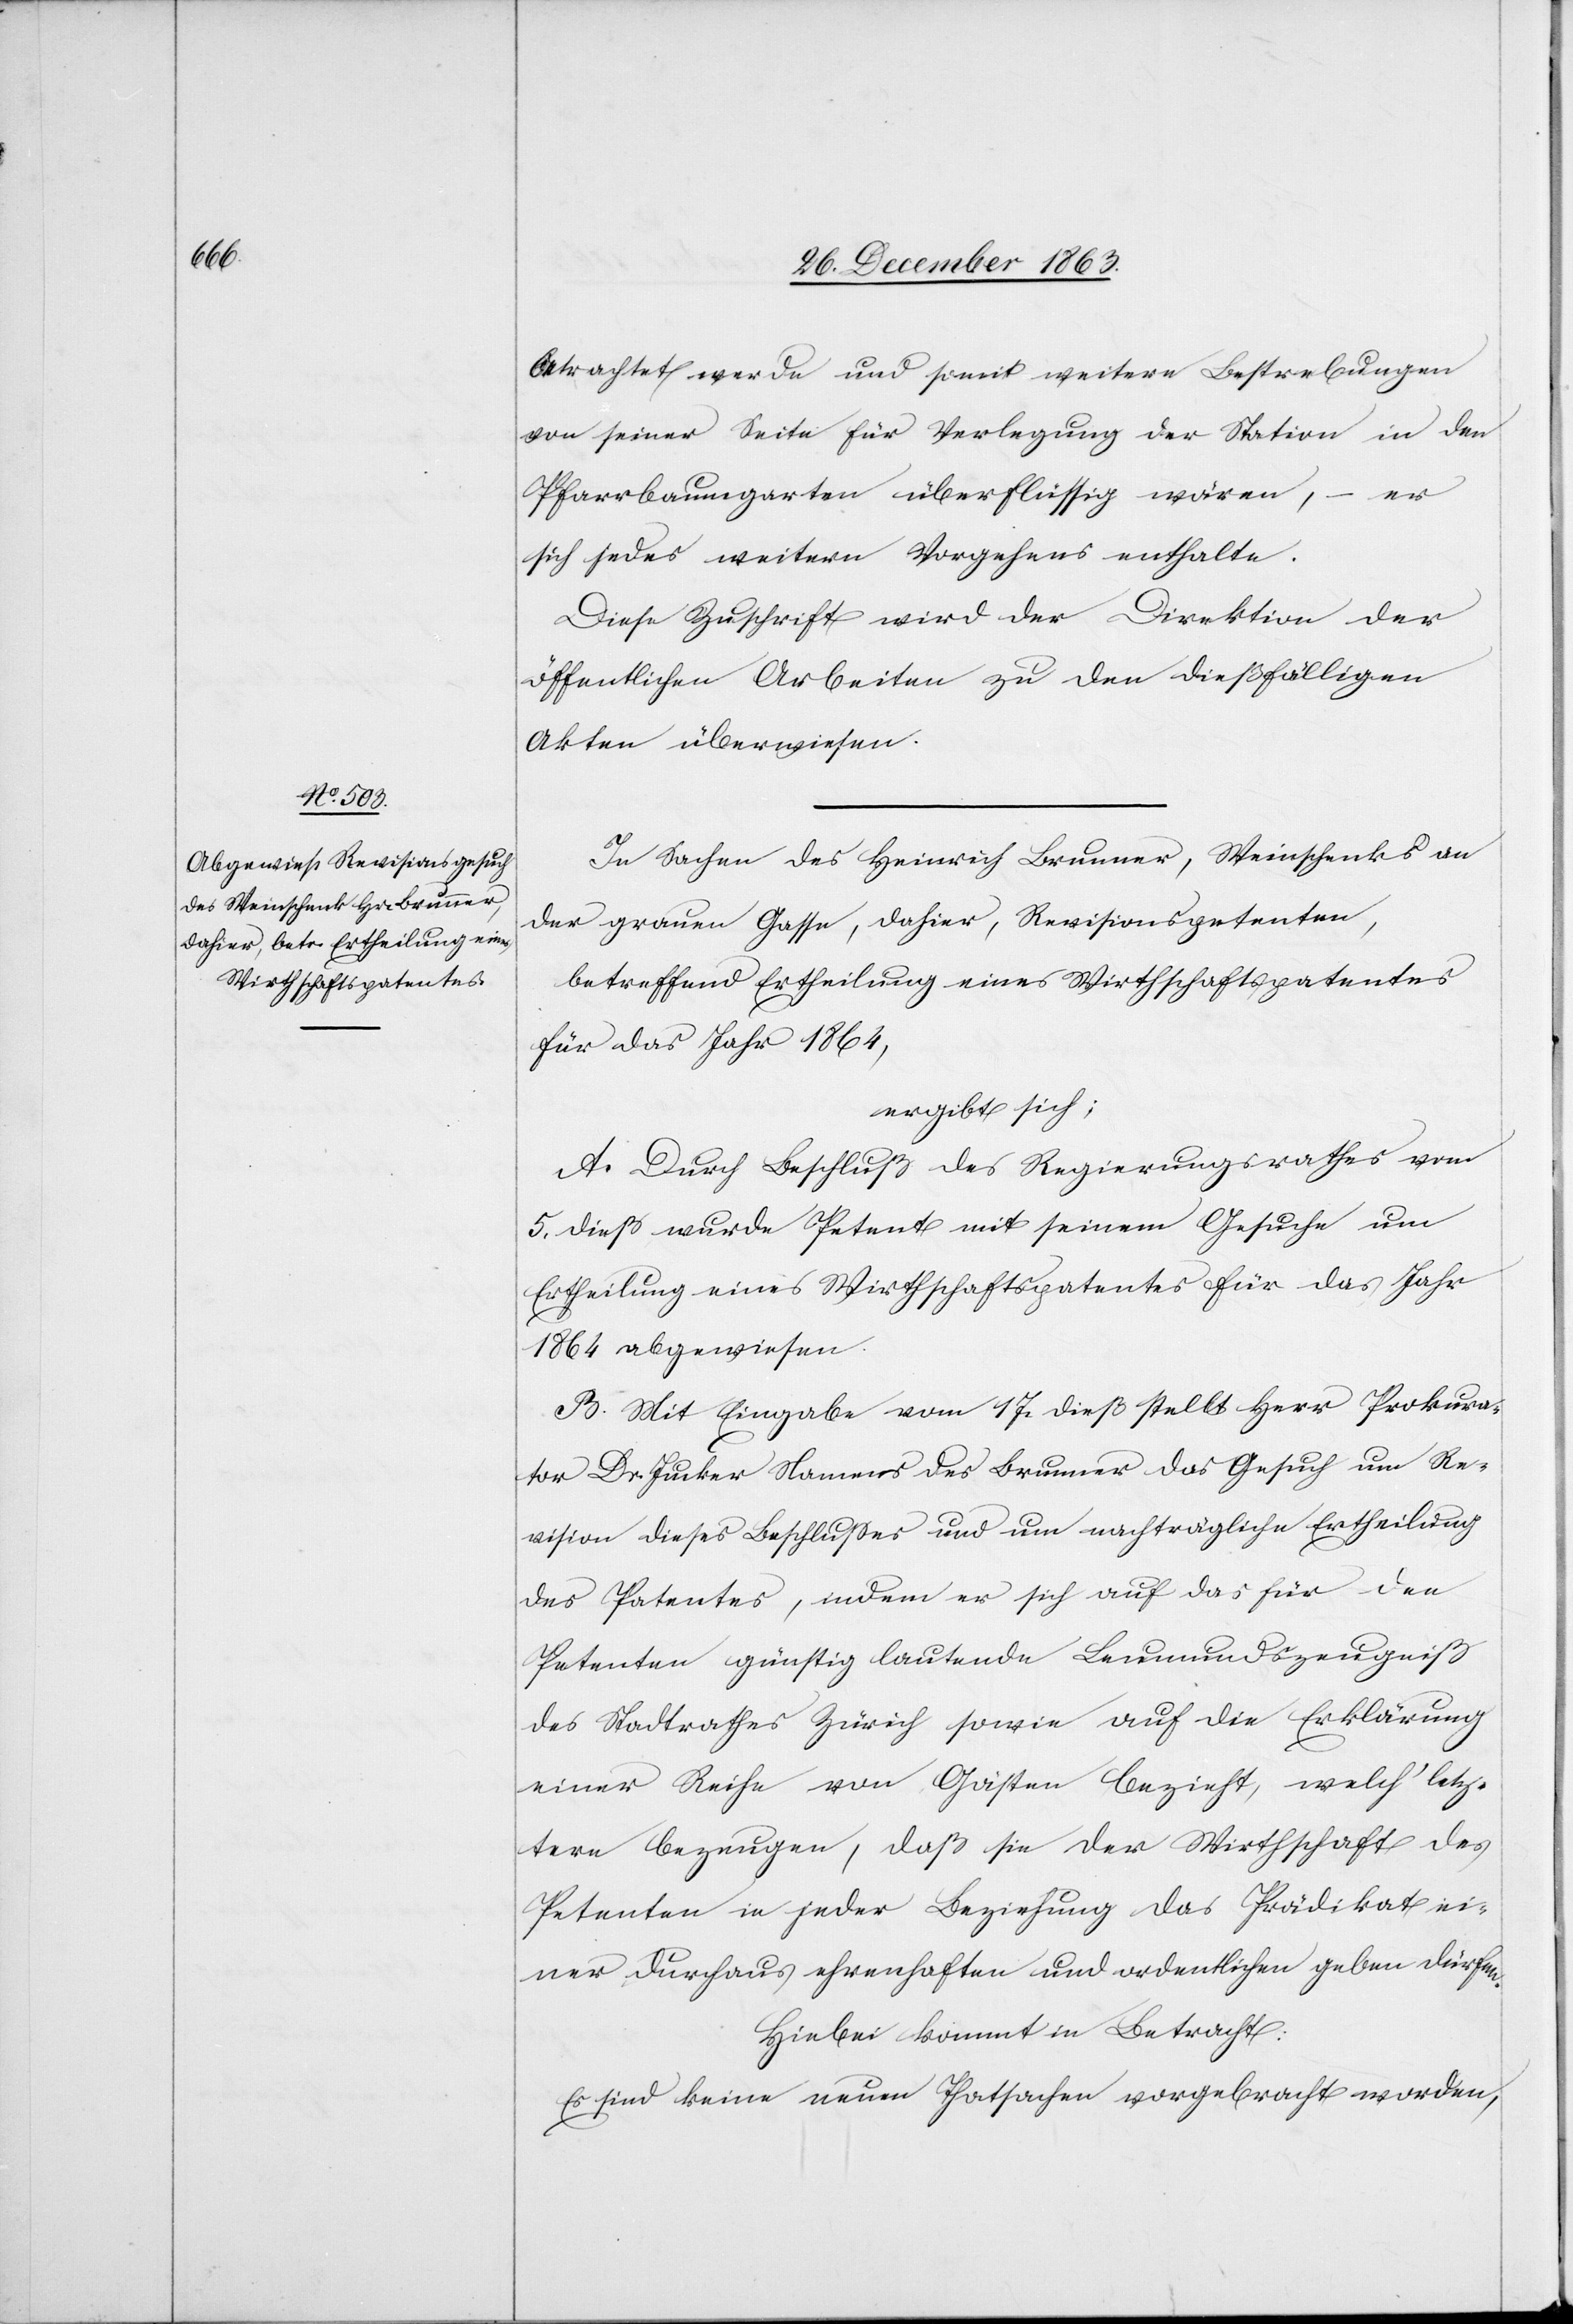
betrachtet werde und somit weitere Bestrebungen
von seiner Seite für Verlegung der Station in den
Pfarrbaumgarten überflüssig wären, – er
sich jedes weitern Vorgehens enthalte.
Diese Zuschrift wird der Direktion der
öffentlichen Arbeiten zu den dießfälligen
Akten überwiesen.
In Sachen des Heinrich Brunner, Weinschenk an
der grauen Gasse, dahier, Revisionspetenten,
betreffend Ertheilung eines Wirthschaftspatentes
für das Jahr 1864,
ergibt sich:
A. Durch Beschluß des Regierungsrathes vom
5. dieß wurde Petent mit seinem Gesuche um
Ertheilung eines Wirthschaftspatentes für das Jahr
1864 abgewiesen.
B. Mit Eingabe vom 17. dieß stellt Herr Prokura¬
tor Dr. Jucker Namens des Brunner das Gesuch um Re¬
vision dieses Beschlusses und um nachträgliche Ertheilung
des Patentes, indem er sich auf das für den
Petenten günstig lautende Leumundszeugniß
des Stadtrathes Zürich sowie auf die Erklärung
einer Reihe von Gästen bezieht, welch' letz¬
tere bezeugen, daß sie der Wirthschaft des
Petenten in jeder Beziehung das Prädikat ei¬
ner durchaus ehrenhaften und ordentlichen geben dürfen.
Hiebei kommt in Betracht:
Es sind keine neuen Thatsachen vorgebracht worden,